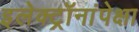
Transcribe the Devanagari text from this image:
इलेक्ट्रॉनांपेक्षा